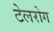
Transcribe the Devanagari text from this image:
टेलरोग